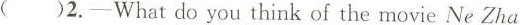
( )2.-What do you think of the movie Ne Zha